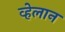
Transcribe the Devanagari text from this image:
व्हेलान